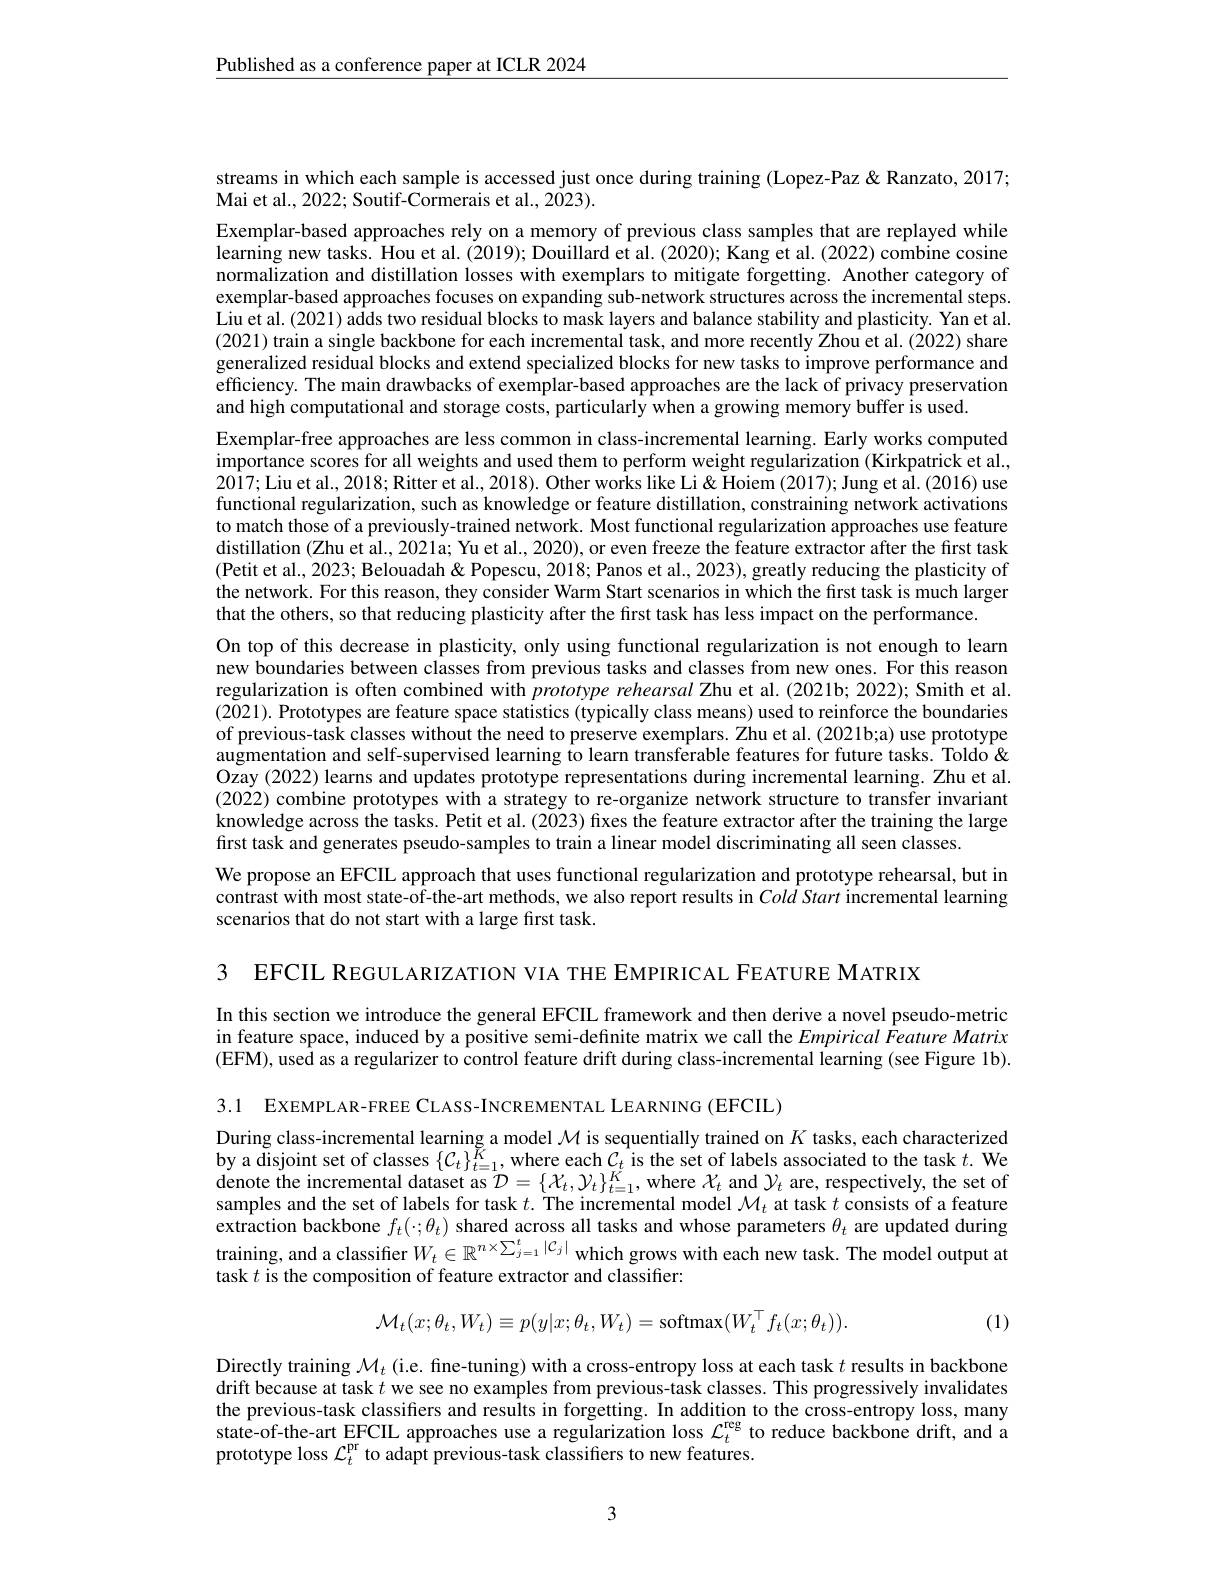
$\underline{\text{Published as a conference paper at ICLR 2024}}$

streams in which each sample is accessed just once during training (Lopez-Paz < Ranzato, 2017;
Mai et al., 2022; Soutif-Cormerais et al., 2023).

Exemplar-based approaches rely on a memory of previous class samples that are replayed while learning new tasks. Hou et al. (2019); Douillard et al. (2020); Kang et al. (2022) combine cosine normalization and distillation losses with exemplars to mitigate forgetting. Another category of exemplar-based approaches focuses on expanding sub-network structures across the incremental steps. Liu et al. (2021) adds two residual blocks to mask layers and balance stability and plasticity. Yan et al. (2021) train a single backbone for each incremental task, and more recently Zhou et al. (2022) share generalized residual blocks and extend specialized blocks for new tasks to improve performance and efficiency. The main drawbacks of exemplar-based approaches are the lack of privacy preservation and high computational and storage costs, particularly when a growing memory buffer is used.
Exemplar-free approaches are less common in class-incremental learning. Early works computed importance scores for all weights and used them to perform weight regularization (Kirkpatrick et al., 2017;Liu et al., 2018; Ritter et al., 2018). Other works like Li& Hoiem (2017); Jung et al. (2016) use functional regularization, such as knowledge or feature distillation, constraining network activations to match those of a previously-trained network. Most functional regularization approaches use feature distillation (Zhu et al., 2021a; Yu et al., 2020), or even freeze the feature extractor after the first task (Petit et al., 2023; Belouadah& Popescu, 2018; Panos et al., 2023), greatly reducing the plasticity of the network. For this reason, they consider Warm Start scenarios in which the first task is much larger that the others, so that reducing plasticity after the first task has less impact on the performance.
On top of this decrease in plasticity, only using functional regularization is not enough to learn new boundaries between classes from previous tasks and classes from new ones. For this reason regularization is often combined with prototype rehearsal Zhu et al. (2021b; 2022); Smith et al. (2021). Prototypes are feature space statistics (typically class means) used to reinforce the boundaries of previous-task classes without the need to preserve exemplars. Zhu et al.(2021b;a) use prototype augmentation and self-supervised learning to learn transferable features for future tasks. Toldo & Ozay (2022) learns and updates prototype representations during incremental learning. Zhu et al. (2022) combine prototypes with a strategy to re-organize network structure to transfer invariant knowledge across the tasks. Petit et al. (2023) fixes the feature extractor after the training the large first task and generates pseudo-samples to train a linear model discriminating all seen classes.
We propose an EFCIL approach that uses functional regularization and prototype rehearsal, but in contrast with most state-of-the-art methods, we also report results in Cold Start incremental learning scenarios that do not start with a large first task.

3 EFCIL REGULARIZATION VIA THE EMPIRICAL FEATURE MATRIX

In this section we introduce the general EFCIL framework and then derive a novel pseudo-metric in feature space, induced by a positive semi-definite matrix we call the Empirical Feature Matrix (EFM), used as a regularizer to control feature drift during class-incremental learning (see Figure 1b).

3.1 EXEMPLAR-FREE CLASS-INCREMENTAL LEARNING (EFCIL)

During class- incremental learning a model $\mathcal{M}$ is sequentially trained on $K$ tasks, each characterized by a disjoint set of classes $\{ \mathcal{C} _{t}\} _{t= 1}^{K}$, where each $\mathcal{C} _{t}$ is the set of labels associated to the task $t.$ We by a disjoi denote the incremental dataset as $\mathcal{D}=\{\mathcal{X}_t,\mathcal{Y}_t\}_{t=1}^{\breve{K}}$, where $\mathcal{X}_t$ and $\mathcal{Y}_t$ are, respectively, the set of samples and the set of labels for task $t.$ The incremental model $\mathcal{M}_t$ at task $t$ consists of a feature $\hat{\text{extraction backbone }f_t(\cdot;\theta_t)\text{ shared across all tasks and whose parameters }\theta_t}$ are updated during training, and a classifier $W_t\in\mathbb{R}^{n\times\sum_{j=1}^t|\mathcal{C}_j|}$ which grows with each new task. The model output at task $t$ is the composition of feature extractor and classifier:
$$\mathcal{M}_{t}(x;\theta_{t},W_{t})\equiv p(y|x;\theta_{t},W_{t})=\mathrm{softmax}(W_{t}^{\top}f_{t}(x;\theta_{t})).$$
(1)

Directly training $\mathcal{M}_t$ (i.e. fine-tuning) with a cross-entropy loss at each task $t$ results in backbone drift because at task $t$ we see no examples from previous-task classes. This progressively invalidates the previous-task classifiers and results in forgetting. In addition to the cross-entropy loss, many state-of-the-art EFCIL approaches use a regularization loss $\mathcal{L}_t^\mathrm{reg}$ to reduce backbone drift, and a prototype loss $\mathcal{L}_t^\mathrm{pr}$ to adapt previous-task classifiers to new features.

3